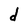
Character: d